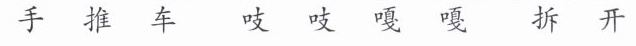
手推车 吱吱 嘎嘎 拆开